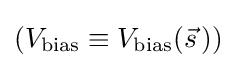
{\textstyle (V_{\text{bias}}\equiv V_{\text{bias}}({\vec {s}}\,))}